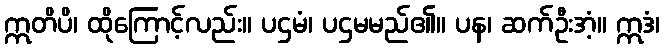
ဣတိပိ၊ ထိုကြောင့်လည်း။ ပဌမံ၊ ပဌမမည်၏။ ပန၊ ဆက်ဦးအံ့။ ဣဒံ၊